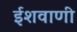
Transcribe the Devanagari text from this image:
ईशवाणी